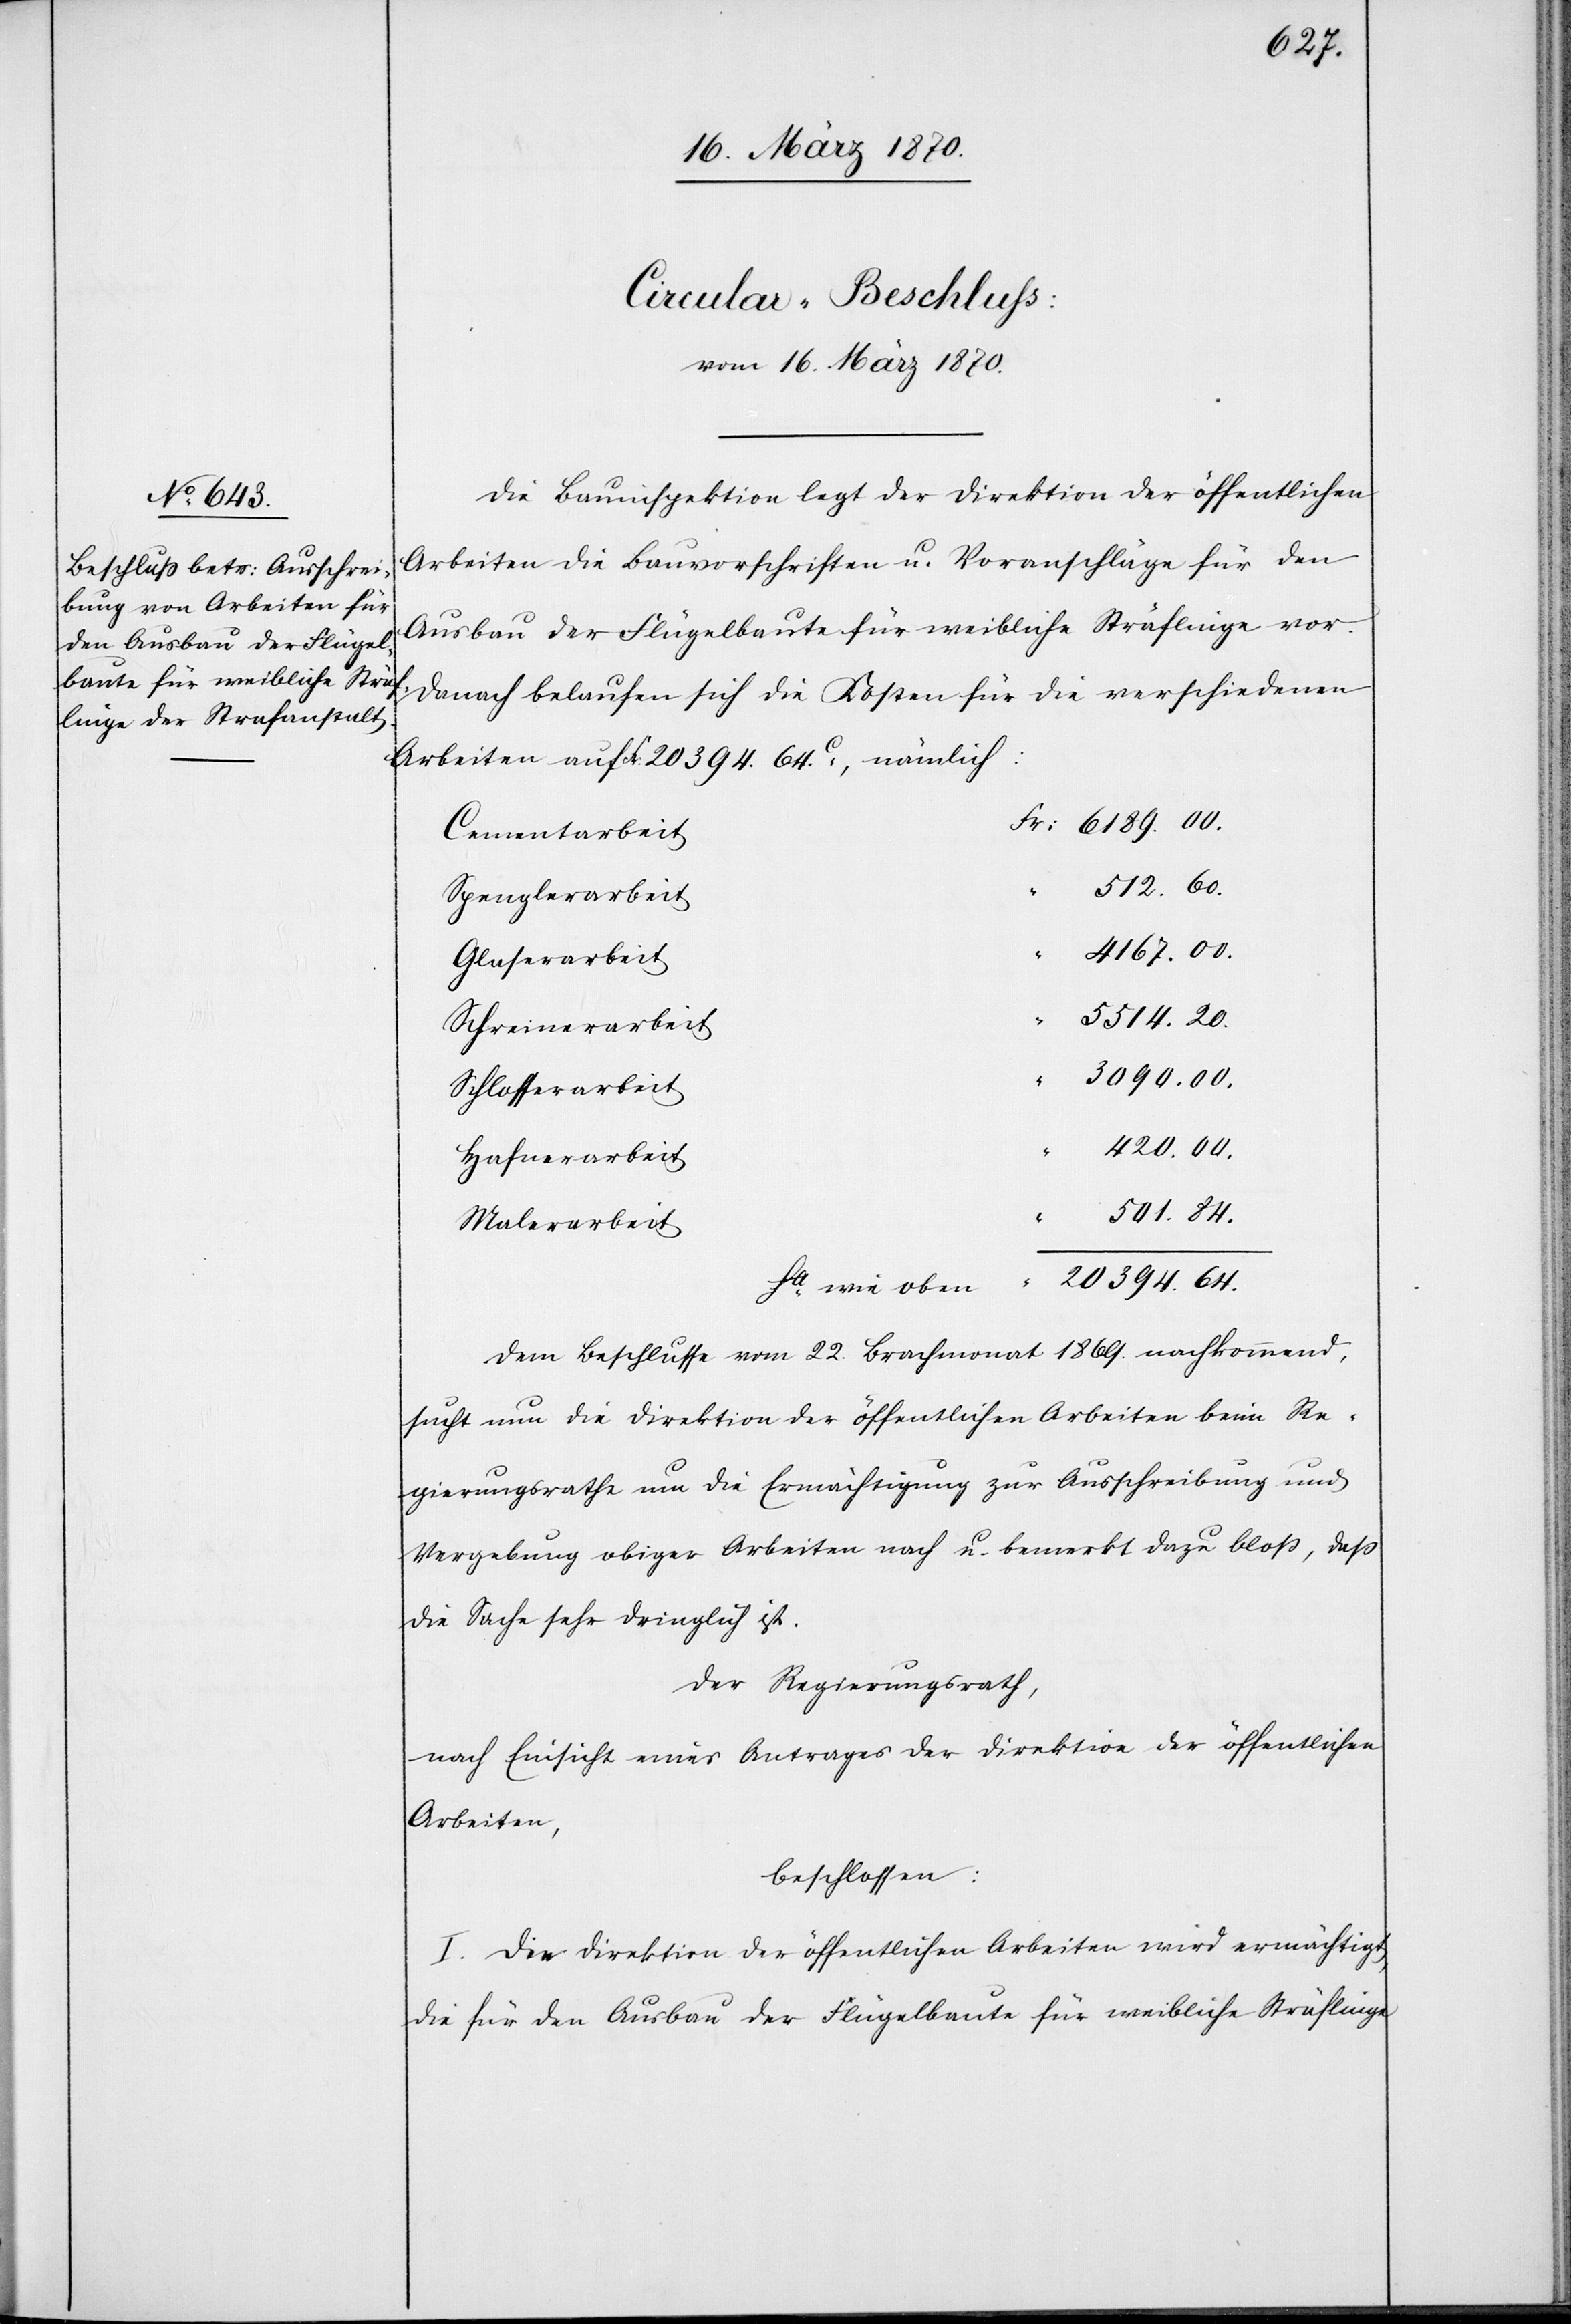
Circular-Beschluss:
vom 16. März 1870.
Die Bauinspektion legt der Direktion der öffentlichen
Arbeiten die Bauvorschriften u. Voranschläge für den
Ausbau der Flügelbaute für weibliche Sträflinge vor.
Danach belaufen sich die Kosten für die verschiedenen
Arbeiten auf Fr: 20 394.64.c, nämlich:
Cementarbeit
512.60.
Spenglerarbeit
4167.00.
Glaserarbeit
5514.20.
Schreinerarbeit
3090.00.
Schlosserarbeit
420.00.
Hafnerarbeit
501.84.
Malerarbeit
Sa wie oben
Dem Beschlusse vom 22. Brachmonat 1869. nachkommend,
sucht nun die Direktion der öffentlichen Arbeiten beim Re¬
gierungsrathe um die Ermächtigung zur Ausschreibung und
Vergebung obiger Arbeiten nach u. bemerkt dazu bloß, daß
die Sache sehr dringlich ist.
Der Regierungsrath,
nach Einsicht eines Antrages der Direktion der öffentlichen
Arbeiten,
beschlossen:
I. Die Direktion der öffentlichen Arbeiten wird ermächtigt,
die für den Ausbau der Flügelbaute für weibliche Sträflinge